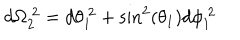
LaTeX: d \Omega _ { 2 } ^ { ~ 2 } = d \theta _ { 1 } ^ { ~ 2 } + \sin ^ { 2 } ( \theta _ { 1 } ) d \phi _ { 1 } ^ { ~ 2 }